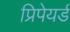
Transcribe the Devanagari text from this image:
प्रिपेयर्ड